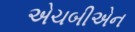
એચબીએન